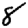
Digit: 8